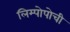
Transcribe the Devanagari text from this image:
लिम्पोपोची